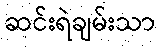
ဆင်းရဲချမ်းသာ